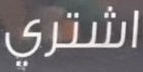
اشتري